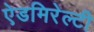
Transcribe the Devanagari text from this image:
ऐडमिरेल्टी